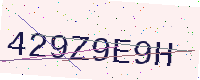
Text: 429Z9E9H